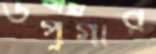
উপুগার